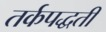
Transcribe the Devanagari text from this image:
तर्कपद्धती